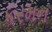
કરમન